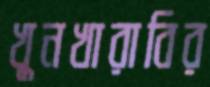
খুনখারাবির